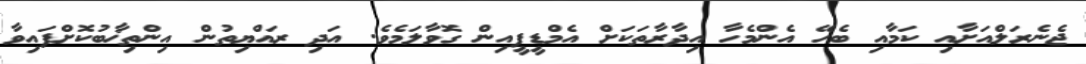
ޖެނެރަލްއަށާއި ކަމާއި ބެހޭ އެންމެހާ އިދާރާތަކަށް އެމްޑީޕީއިން ގޮވާލަމެވެ. އަދި ރައްޔިތުން އިންތިޚާބުކޮށްފައިވާ